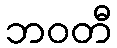
ဘဝတီ